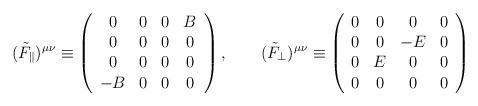
LaTeX: \begin{align*}(\tilde F_{\parallel})^{\mu\nu} \equiv\left(\begin{array}{*{4}{c}}0&0&0&B\\0&0&0&0\\0&0&0&0\\-B&0&0&0\end{array}\right),\qquad(\tilde F_{\perp})^{\mu\nu} \equiv\left(\begin{array}{*{4}{c}}0&0&0&0\\0&0&-E&0\\0&E&0&0\\0&0&0&0\end{array}\right)\\\vspace{7 mm}\end{align*}